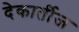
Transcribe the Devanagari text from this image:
देकार्तीज